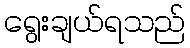
ရွေးချယ်ရသည်